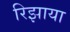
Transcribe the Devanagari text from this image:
रिझाया